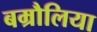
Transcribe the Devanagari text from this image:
बम्रौलिया